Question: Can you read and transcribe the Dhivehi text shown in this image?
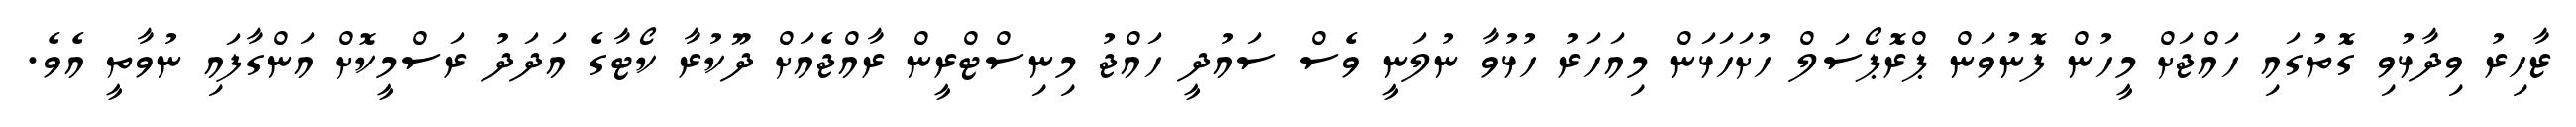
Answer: ޒާހިރު ވިދާޅުވި ގޮތުގައި ހައްޖަށް މީހުން ފޮނުވަން ޕްރޮޕޯސަލް ހުށަހަޅަން މިއަހަރު ހުޅުވާ ނުލަނީ ވެސް ސައުދީ ހައްޖު މިނިސްޓްރީން ރާއްޖެއަށް ދޫކުރާ ކޯޓާގެ އަދަދު ރަސްމީކޮށް އަންގާފައި ނުވާތީ އެވެ.